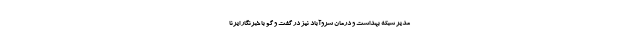
مدیر شبکه بهداشت و درمان سروآباد نیز در گفت و گو با خبرنگار ایرنا